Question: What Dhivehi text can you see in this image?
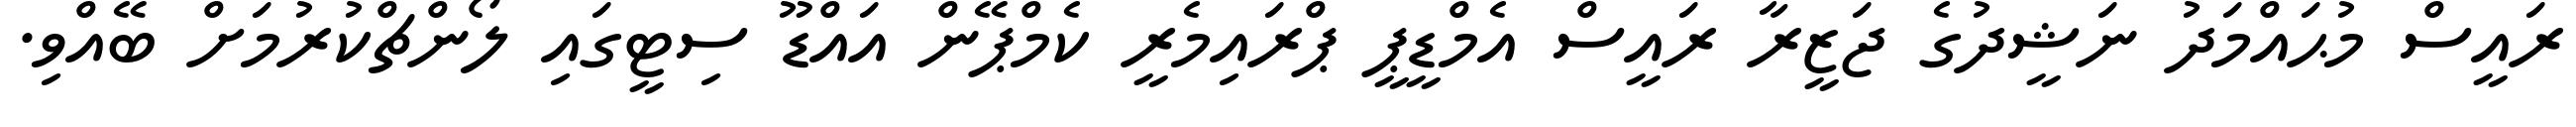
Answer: ރައީސް މުޙައްމަދު ނަޝީދުގެ ޖަޒީރާ ރައީސް އެމްޑީޕީ ޕްރައިމެރީ ކެމްޕޭން އައްޑޫ ސިޓީގައި ލޯންޗްކުރުމަށް ބޭއްވި.